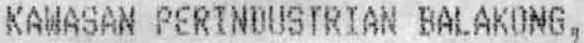
KAWASAN PERINDUSTRIAN BALAKONG,